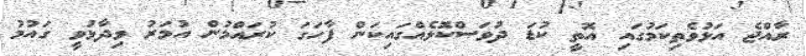
ރާއްޖެ އަޅުވެތިކަމުގައި އޮތީ ކުޑަ ދުވަސްކޮޅެއްގައިކަން ފާހަގަ ކުރައްމުން އުމަރު ވިދާޅުވީ ގައުމު